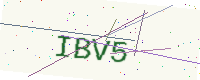
Text: IBV5